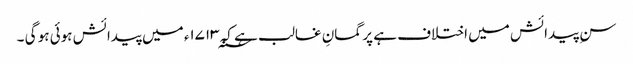
سنِ پیدائش میں اختلاف ہے پر گمانِ غالب ہے کہ ۱۷۱۳؁ء میں پیدائش ہوئی ہو گی ۔